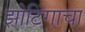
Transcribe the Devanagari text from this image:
झोटिंगाचा